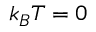
k _ { B } T = 0